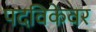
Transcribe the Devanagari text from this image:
पदविकेवर